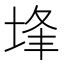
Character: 埄